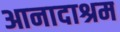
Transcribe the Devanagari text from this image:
आनादाश्रम